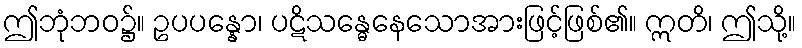
ဤဘုံဘဝ၌။ ဥပပန္နော၊ ပဋိသန္ဓေနေသောအားဖြင့်ဖြစ်၏။ ဣတိ၊ ဤသို့။